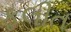
ફલીત